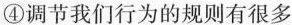
④调节我们行为的规则有很多